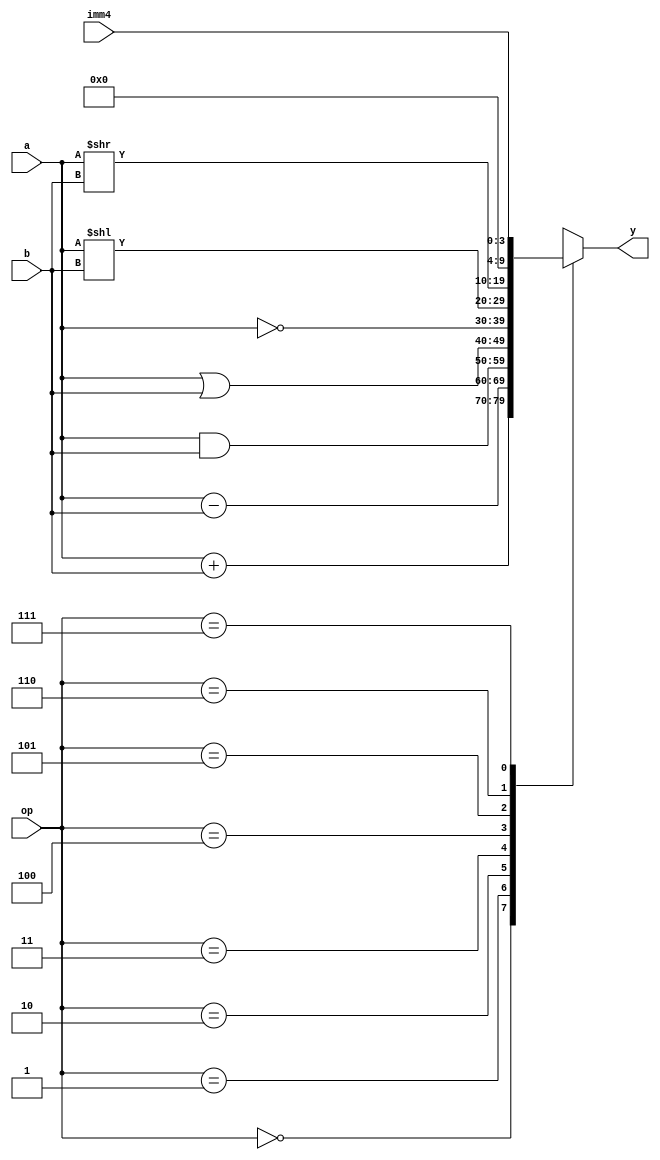
module alu (
   input       [9:0] a,
   input       [9:0] b,
   input       [3:0] imm4,
   input       [2:0] op,
   output reg  [9:0] y
   );
   
   always @(*)
		case (op)
			0: y = a + b; 
			1: y = a - b;
			2: y = a & b;
			3: y = a | b;
			4: y = ~a;
			5: y = a << b;
			6: y = a >> b;
			7: y = {6'b0, imm4};
		endcase

endmodule